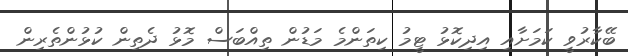
ބޭކާރުވީ ކަމަށާއި އިދިކޮޅު ޓީމު ކިތަންމެ މަޑުން ތިއްބަސް މޮޅު ދެތިން ކުޅުންތެރިން